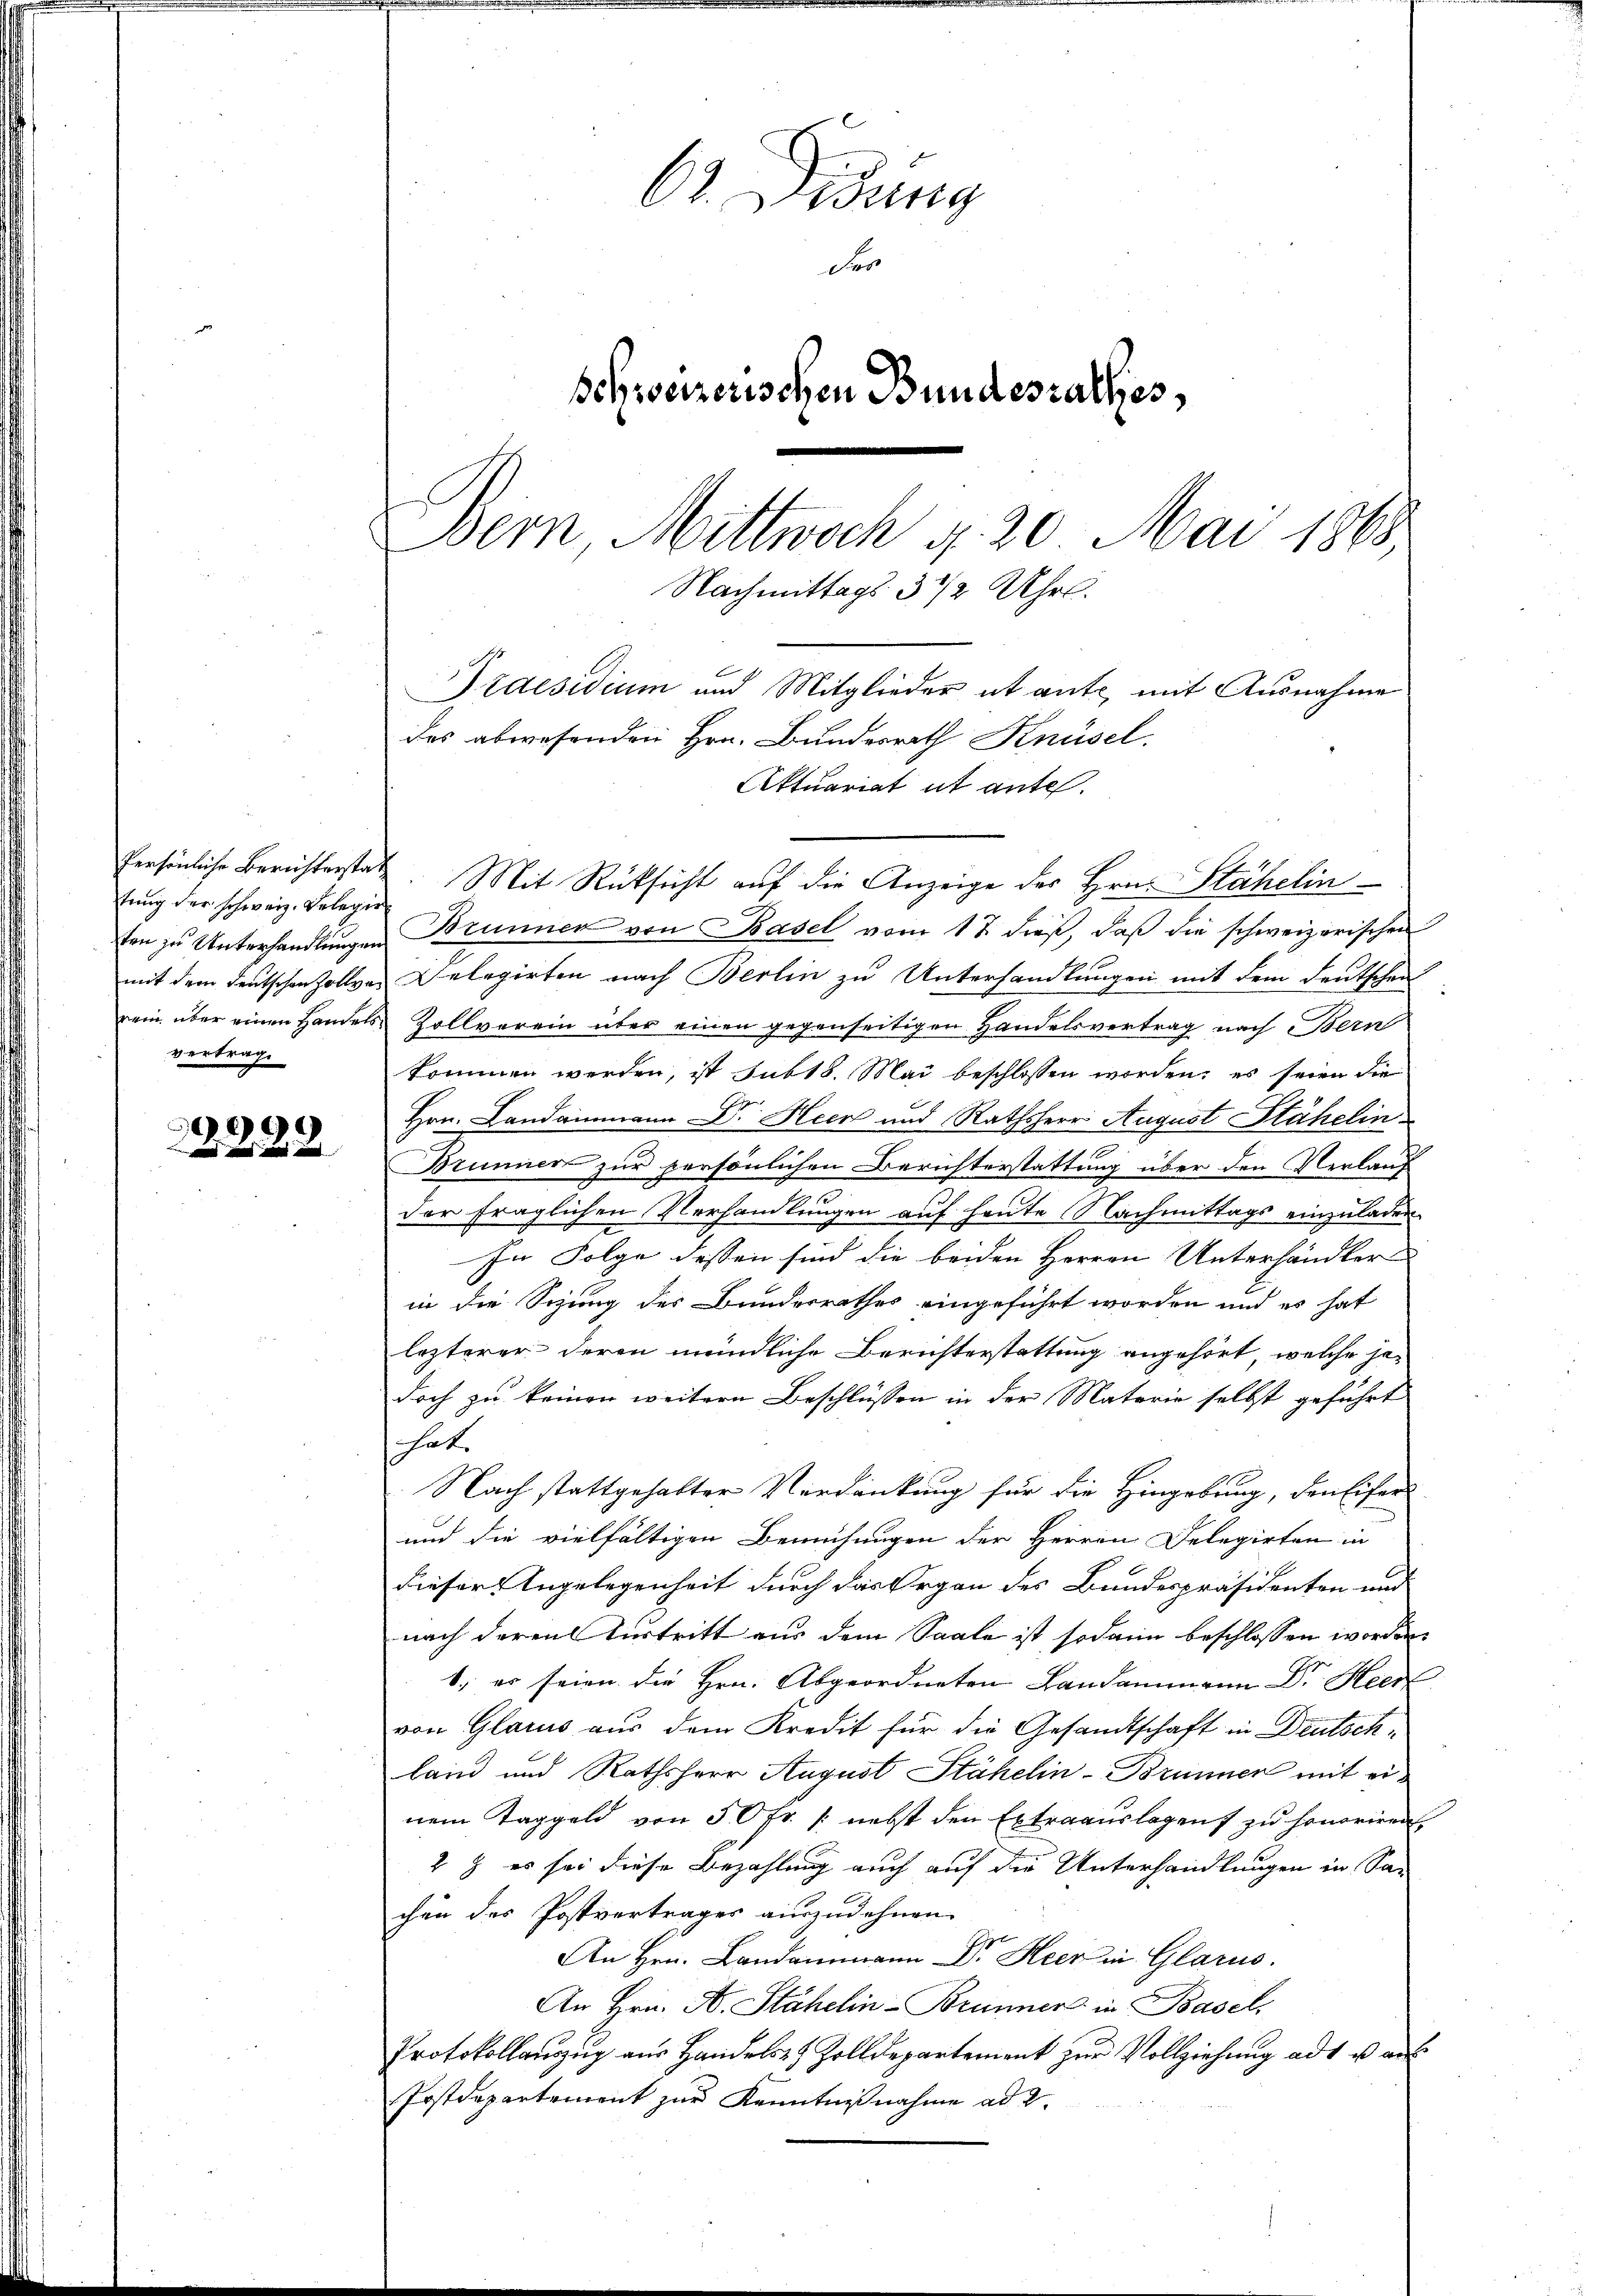
tung der schweiz. Kolegir
vertrag.

3288

62. Didung
der
schweizerischen Bundesrathes,
Bern, Mittwoch d. 20. Mai 1868
Nachmittags 3 ½ Uhr.
Praesidium und Mitglieder et ante mit Ausnahme
des abwesenden Hrn. Bundesrath Knüsel.
Attuariat it ante.

Persönliche Berichterstatz. Mit Rücksicht auf die Anzeige des Hrn. Stähelinten zu Unterhandlŭngen Brunner von Basel vom 17. dieß, daß die schweizerischen
mit dem deutschen Zollver Delegirten nach Berlin zu Unterhandlungen mit dem deutschen
rein über einen Handels Zollverein über einen gegenseitigen Handelsvertrag nach Bern
kommen werden, ist subt. Mai beschlossen worden, es seien die
Hrn. Landammann Dr. Heer und Rathsherr August Stähelin
e
Brunner zur persönlichen Berichterstattung über den Verlauf
der fraglichen Verhandlungen auf heute Nachmittags einzuladen
In Folge dessen sind die beiden Herren Unterhändler
in die Sitzung des Bundesrathes eingeführt worden und es hat
lezterer deren mündliche Berichterstattung angehört, welche je-
doch zu keinen weitern Beschlüssen in der Materie selbst geführt
s hat.
Nach stattgehalter Verdankung für die Hingebung, den Eifer
und die vielfältigen Bemühungen der Herren Delegirten in
dieser Angelegenheit durch das Organ des Bundespräsidenten und
nach deren Turtritt aus dem Saale ist sodann beschlossen worden,
b., er seien die Hrn. Abgeordneten Landammann Dr. Heer
von Glarus aus dem Kredit für die Gesandtschaft in Deutschland und Rathsherr August Stähelin-Brunner mit einem Taggeld von 50 fr. /: nebst den Extraauslagen zu honoriren
2 & es sei diese Bezahlung auch auf die Unterhandlungen in San
chen des Postvertrages auszudehnen.
An Hrn. Landammann Dr. Heer in Glarus.
An Hrn. A. Stähelin-Brunner in Basel,
Protokollanzug aus Handels- & Zolldepartement zur Vollziehung adt u auf
Postdepartement zur Kenntnißnahme ad 2.